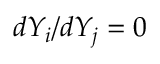
d Y _ { i } / d Y _ { j } = 0